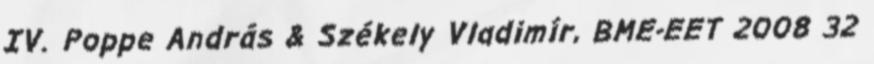
IV. Poppe András & Székely Vladimír, BME-EET 2008 32